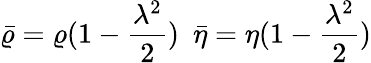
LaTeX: \bar{\varrho}=\varrho(1-\frac{\lambda^{2}}{2})\, \, \, \bar{\eta}=\eta(1-\frac{\lambda^{2}}{2})